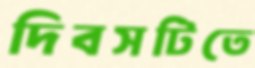
দিবসটিতে